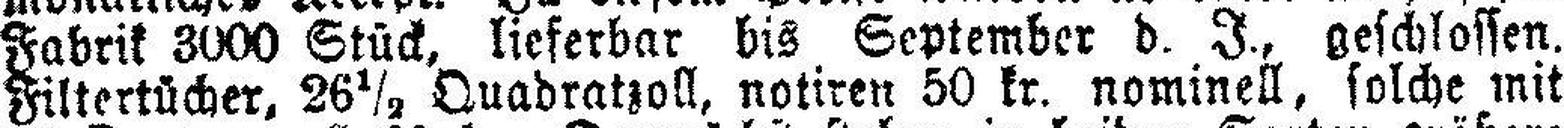
Fabrik 3000 Stück, lieferbar bis September d. I., geschlossen.